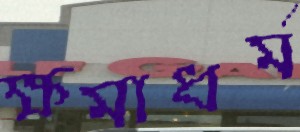
ক্ষমাধর্ম